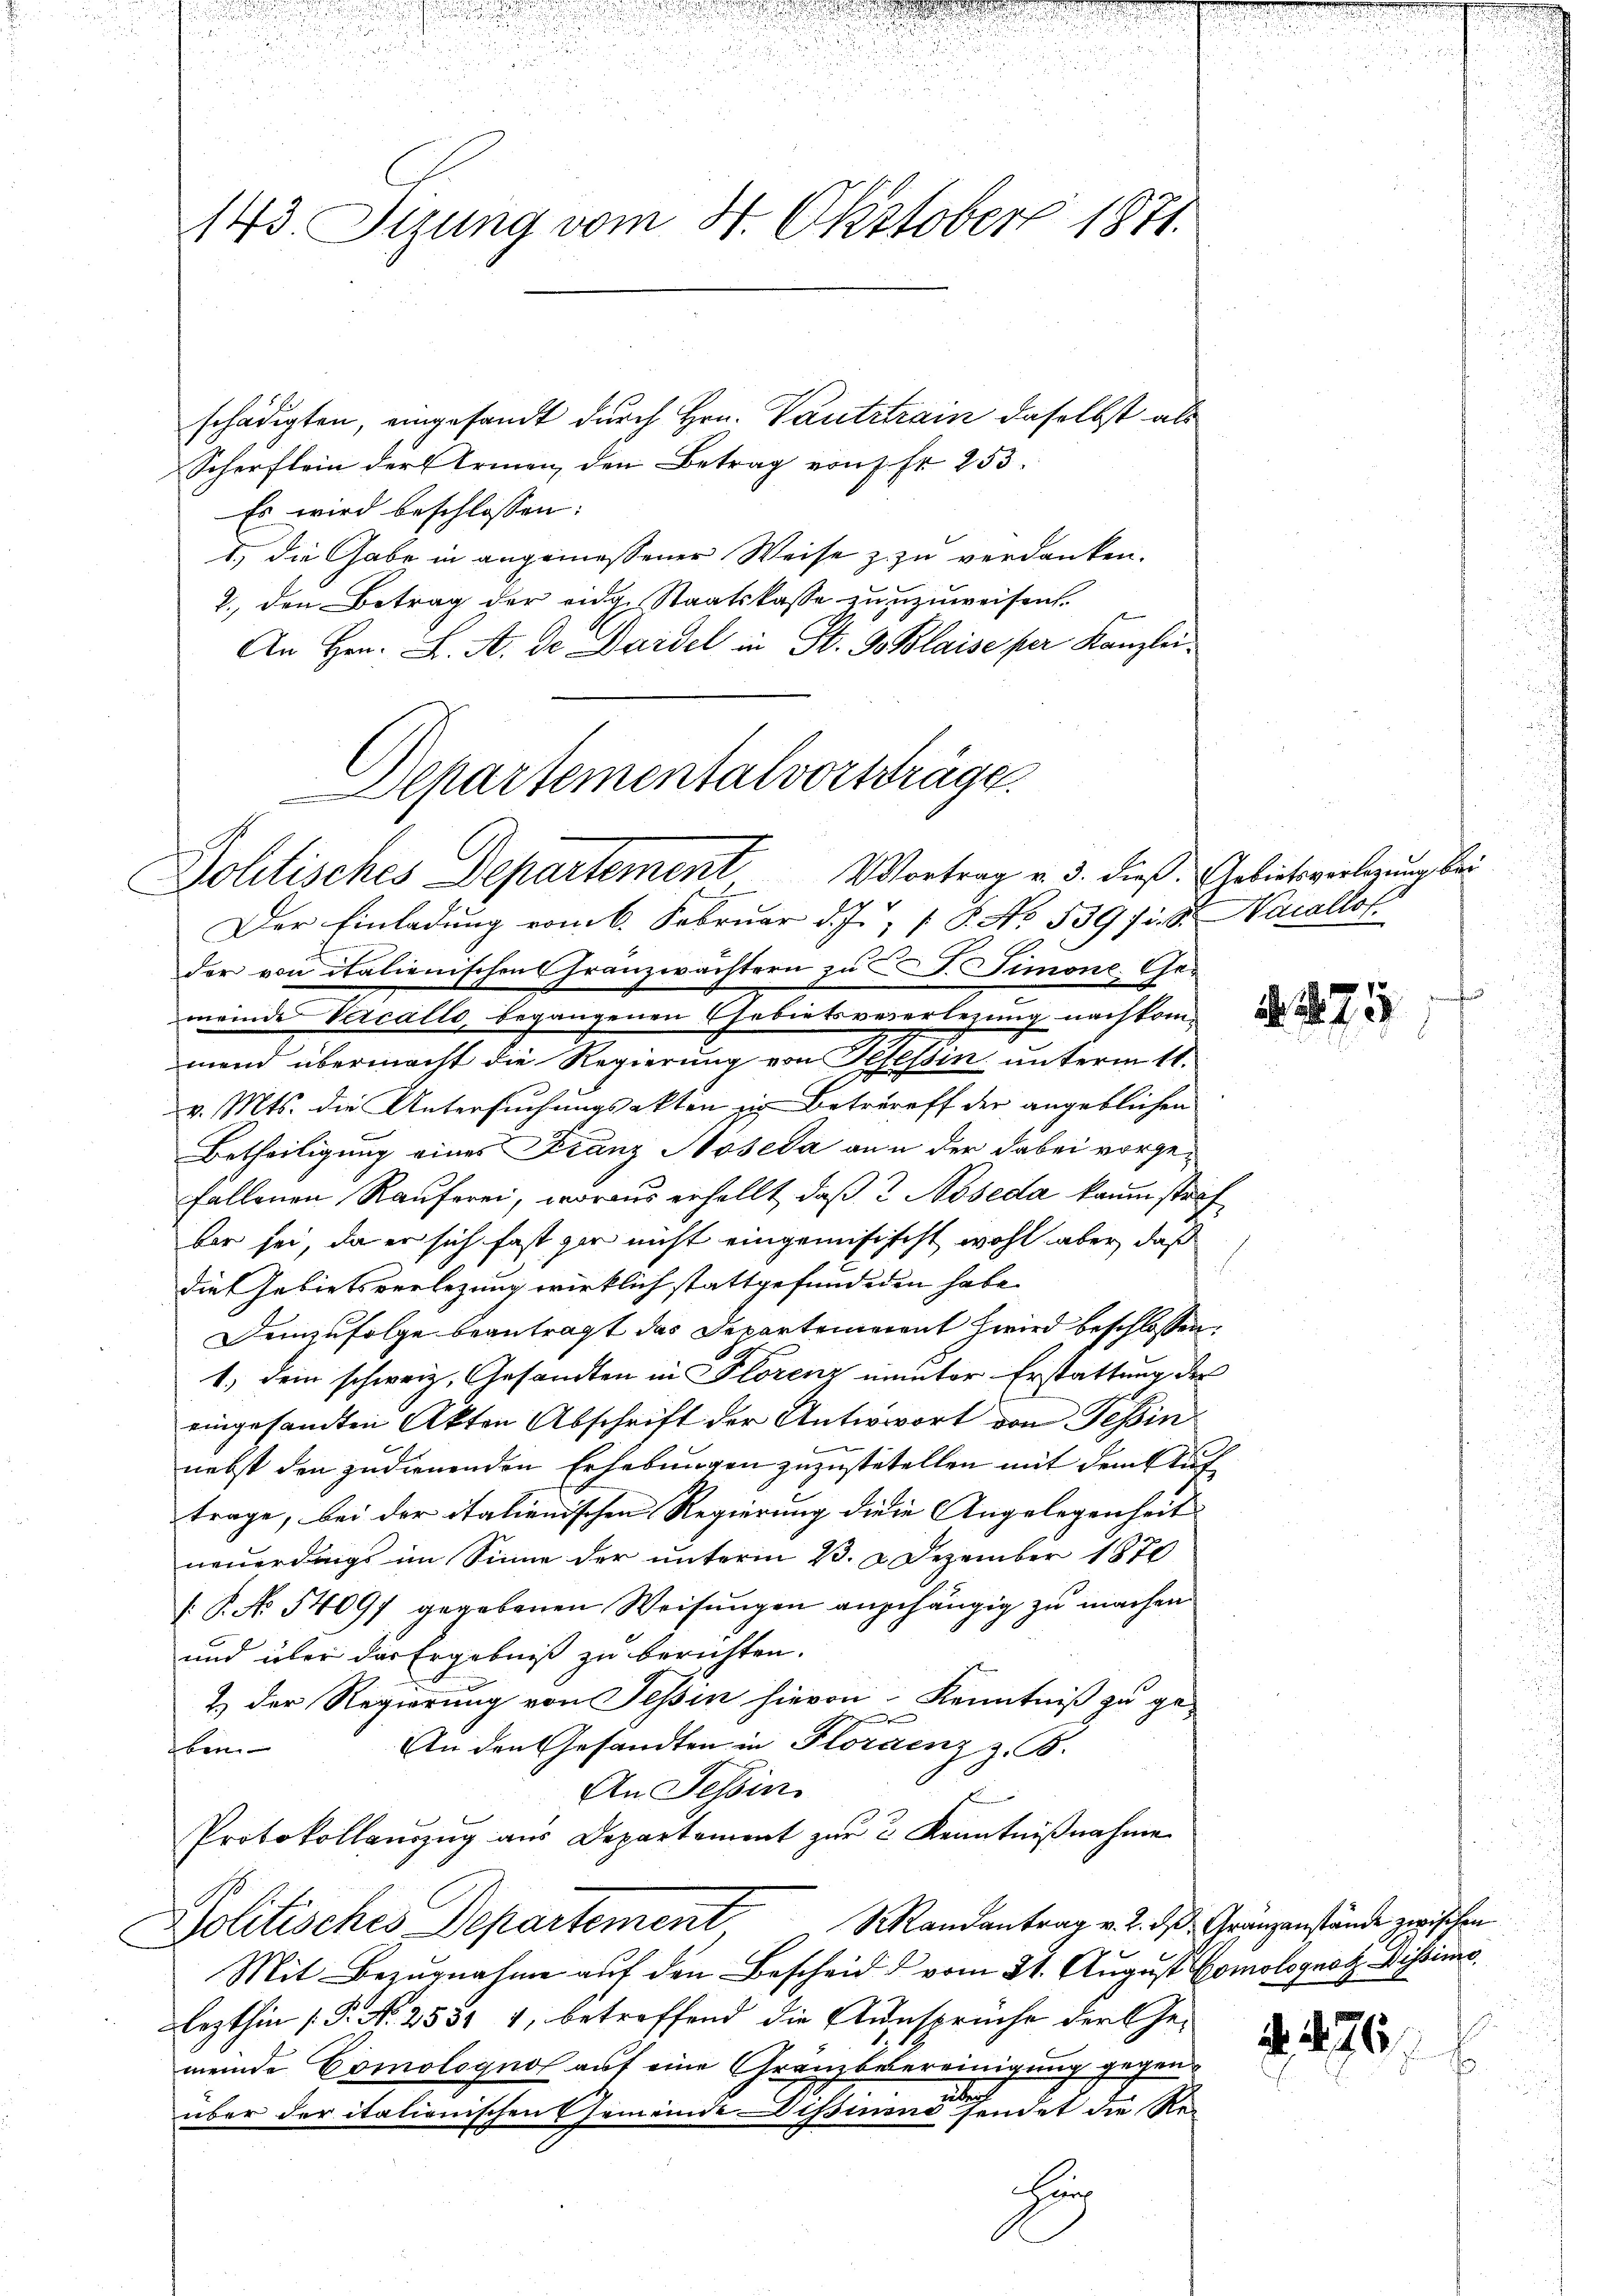
.

a

143. Sizung vom 4. Oktober 1871.

schädigten, eingesandt durch Hrn. Vautstrain daselbst als
Scherflein der Armen, den Betrag von fr 253.
Es wird beschlossen:
1., die Gabe in angemessener Weise zu zu verdanken.
2., den Betrag der eidge Staatskasse zuzuweisen.
d
An Hrn. L. A. de Dardel in St. G. Blaise per Kanzlei
Der Einladung vom 6. Februar d. J., 1 P. No. 539 f. Warallot.
der von italienischens Franzwächtern zu S. Simone. Gemeinde Vercallo, begangenen Gebietsvererlegung nachkom-
mend übermacht die Regierung von Tosessin unterm 11.
v. Mts. die Untersuchungsakten zu Betreff der angeblichen
Betheiligung eines Franz Hoseda an u der dabei vorgefallenen Rauferei, woraus erhellt, daß 2 Noseda kaum straf
ber sei, da er sich fast gar nicht eingemisisest wohl aber, daß
die Gebietsverlegung wirklich stattgefundigen habe.
Demzufolge beantragt das Departement wird beschlossen:
1., Dein schweiz. Gesandten in Florenz umuter Erstattung der
eingesandten Akten Abschrift der Antwort von Tessin
nebst den zudienenden Erhebungen zuzustetellen mit dem Ruf
trage, bei der italienischen Regierung dieie Angelegenheit |
neuerdings im Sinne der unterm 23. 2. Dezember 1870
[: P. No 54097 gegebenen Weisungen angehängig zu machen.
und über das Ergebniß zu berichten.
2.) Der Regierung von Tessin hievon Kenntniß zu ge-
An den Gesandten in Floraenz z. B.
Eben
An Felin
Protokollauszug aus Departement zur 3 Kenntnißnahme
Politisches Departement Mandantrag v. 2. ds. Grungenstände zwischen
Mit Bezugnahme auf den Bescheid & vom 21. August Comolognatz istins
lezthin [P. N. 2551 4, betreffend die Aussprüche der Gemeinde Comolognos auf eine Gränzbesereinigung gegenüber der italionischen Gemeinde Dissimino sendet die Re-
Heg

Departementalvorsträge.
Jolitisches Departement. Vortrag v. 3. dieß Gebietsverlegung bei

275

. 476